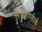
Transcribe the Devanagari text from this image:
स्वर्गद्वारतीर्थ